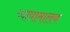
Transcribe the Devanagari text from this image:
व्यायामालय